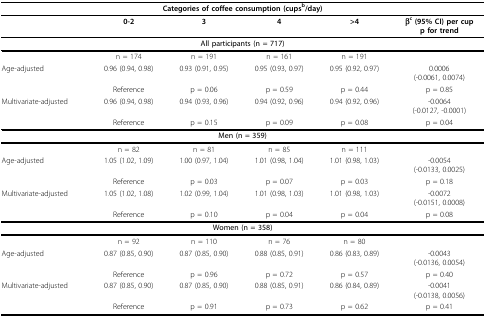
<table><thead><tr><td colspan="6"><b>Categories of coffee consumption (cups<sup>b</sup>/day)</b></td></tr></thead><tbody><tr><td></td><td><b>0-2</b></td><td><b>3</b></td><td><b>4</b></td><td><b>&gt;4</b></td><td><b>β<sup>c </sup>(95% CI) per cup</b><b>p for trend</b></td></tr><tr><td colspan="6"><b>All participants (n = 717)</b></td></tr><tr><td></td><td>n = 174</td><td>n = 191</td><td>n = 161</td><td>n = 191</td><td></td></tr><tr><td>Age-adjusted</td><td>0.96 (0.94, 0.98)</td><td>0.93 (0.91, 0.95)</td><td>0.95 (0.93, 0.97)</td><td>0.95 (0.92, 0.97)</td><td>0.0006(-0.0061, 0.0074)</td></tr><tr><td></td><td>Reference</td><td>p = 0.06</td><td>p = 0.59</td><td>p = 0.44</td><td>p = 0.85</td></tr><tr><td>Multivariate-adjusted</td><td>0.96 (0.94, 0.98)</td><td>0.94 (0.93, 0.96)</td><td>0.94 (0.92, 0.96)</td><td>0.94 (0.92, 0.96)</td><td>-0.0064(-0.0127, -0.0001)</td></tr><tr><td></td><td>Reference</td><td>p = 0.15</td><td>p = 0.09</td><td>p = 0.08</td><td>p = 0.04</td></tr><tr><td colspan="6"><b>Men (n = 359)</b></td></tr><tr><td></td><td>n = 82</td><td>n = 81</td><td>n = 85</td><td>n = 111</td><td></td></tr><tr><td>Age-adjusted</td><td>1.05 (1.02, 1.09)</td><td>1.00 (0.97, 1.04)</td><td>1.01 (0.98, 1.04)</td><td>1.01 (0.98, 1.03)</td><td>-0.0054(-0.0133, 0.0025)</td></tr><tr><td></td><td>Reference</td><td>p = 0.03</td><td>p = 0.07</td><td>p = 0.03</td><td>p = 0.18</td></tr><tr><td>Multivariate-adjusted</td><td>1.05 (1.02, 1.08)</td><td>1.02 (0.99, 1.04)</td><td>1.01 (0.98, 1.03)</td><td>1.01 (0.98, 1.03)</td><td>-0.0072(-0.0151, 0.0008)</td></tr><tr><td></td><td>Reference</td><td>p = 0.10</td><td>p = 0.04</td><td>p = 0.04</td><td>p = 0.08</td></tr><tr><td colspan="6"><b>Women (n = 358)</b></td></tr><tr><td></td><td>n = 92</td><td>n = 110</td><td>n = 76</td><td>n = 80</td><td></td></tr><tr><td>Age-adjusted</td><td>0.87 (0.85, 0.90)</td><td>0.87 (0.85, 0.90)</td><td>0.88 (0.85, 0.91)</td><td>0.86 (0.83, 0.89)</td><td>-0.0043(-0.0136, 0.0054)</td></tr><tr><td></td><td>Reference</td><td>p = 0.96</td><td>p = 0.72</td><td>p = 0.57</td><td>p = 0.40</td></tr><tr><td>Multivariate-adjusted</td><td>0.87 (0.85, 0.90)</td><td>0.87 (0.85, 0.90)</td><td>0.88 (0.85, 0.91)</td><td>0.86 (0.84, 0.89)</td><td>-0.0041(-0.0138, 0.0056)</td></tr><tr><td></td><td>Reference</td><td>p = 0.91</td><td>p = 0.73</td><td>p = 0.62</td><td>p = 0.41</td></tr></tbody></table>